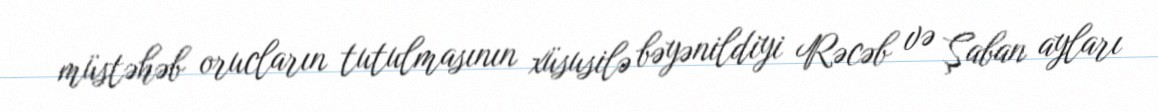
müstəhəb orucların tutulmasının xüsusilə bəyənildiyi Rəcəb və Şaban ayları